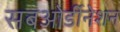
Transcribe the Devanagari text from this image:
सबओर्डीनेशन